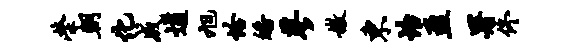
荣朝化成遒旭恰皤蓼嫩东怡盈署佟